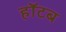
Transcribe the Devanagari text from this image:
हॉटब